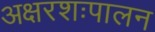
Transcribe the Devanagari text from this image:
अक्षरशःपालन